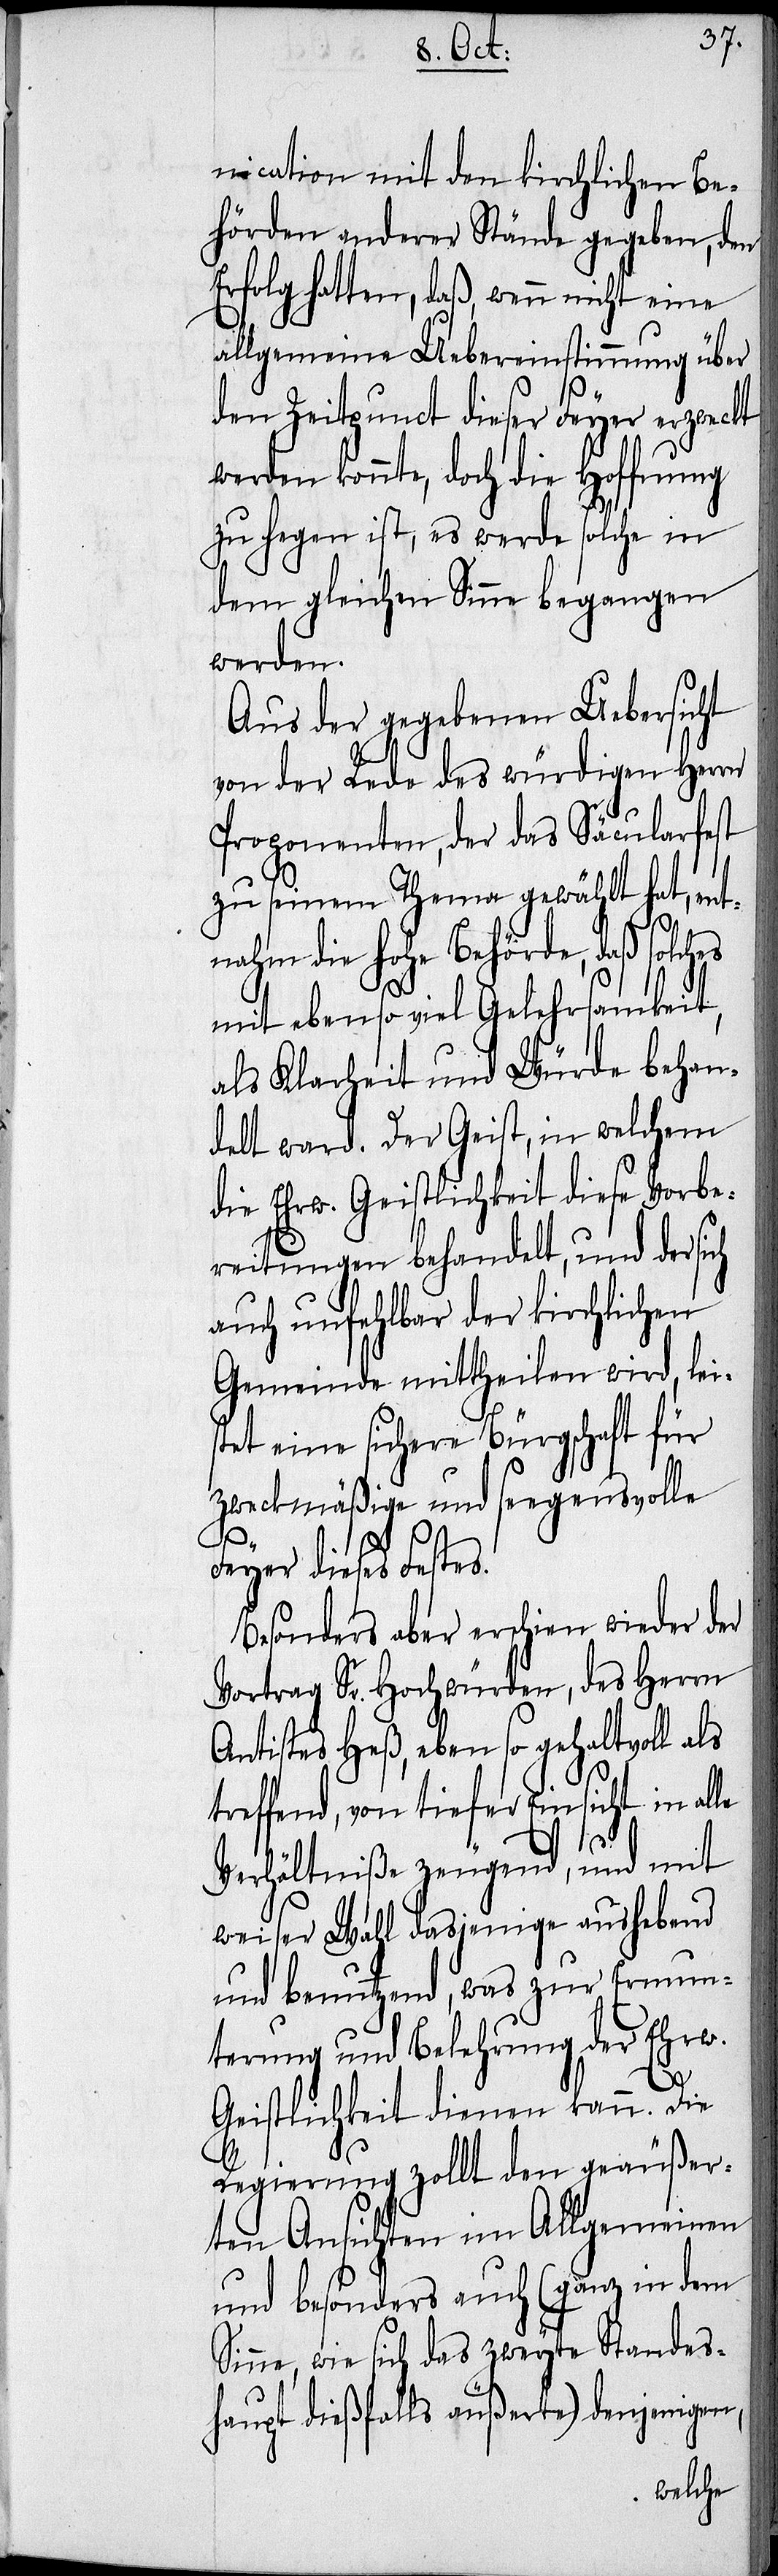
nication mit den kirchlichen Be¬
hörden anderer Stände gegeben, den
Erfolg hatten, daß, wenn nicht eine
allgemeine Uebereinstimmung über
den Zeitpunct dieser Feyer erzweckt
werden konnte, doch die Hoffnung
zu hegen ist, es werde solche in
dem gleichen Sinne begangen
werden.
Aus der gegebenen Uebersicht
von der Rede des würdigen Herrn
Proponenten, der das Säcularfest
zu seinem Thema gewählt hat, ent¬
nahm die hohe Behörde, daß solches
mit ebenso viel Gelehrsamkeit,
als Klarheit und Würde behan¬
delt ward. Der Geist, in welchem
die Ehrw. Geistlichkeit diese Vorbe¬
reitungen behandelt, und der sich
auch unfehlbar der kirchlichen
Gemeinde mittheilen wird, leis¬
tet eine sichere Bürgschaft für
zweckmäßige und seegensvolle
le
Feyer dieses Festes.
Besonders aber erschien wieder der
Vortrag Sr. Hochwürden, des Herrn
Antistes Heß, eben so gehaltvoll als
treffend, von tiefer Einsicht in al¬
Verhältniße zeugend, und mit
weiser Wahl dasjenige aushebend
und benutzend, was zur Ermun¬
terung und Belehrung der Ehrw.
Geistlichkeit dienen kann. Die
Regierung zollt den geäußer¬
ten Ansichten im Allgemeinen
und besonders auch (ganz in dem
Sinne, wie sich das zweyte Standes¬
haupt dießfalls äußerte) denjenigen,